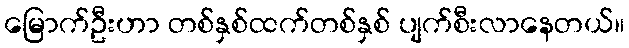
မြောက်ဦးဟာ တစ်နှစ်ထက်တစ်နှစ် ပျက်စီးလာနေတယ်။